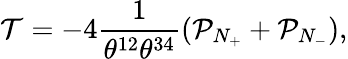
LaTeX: \mathcal{T}=-4\frac{1}{\theta^{12}\theta^{34}}(\mathcal{P}_{N_{+}}+\mathcal{P}_{N_{-}}),